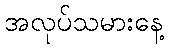
အလုပ်သမားနေ့